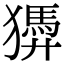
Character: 㺛